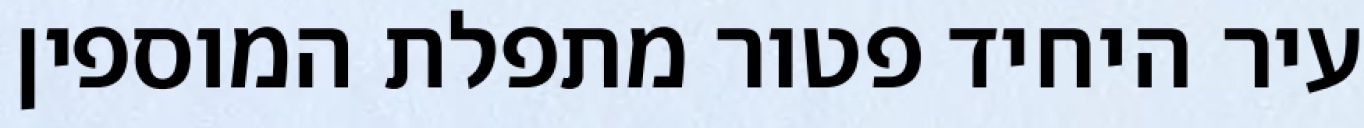
עיר היחיד פטור מתפלת המוספין